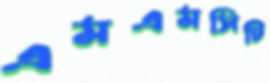
এমএমসিটি